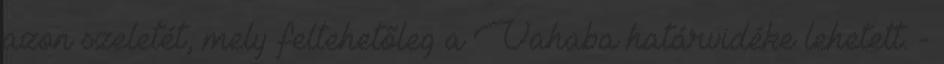
azon szeletét, mely feltehetőleg a Vahaba határvidéke lehetett. -